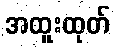
အထူးထုတ်